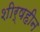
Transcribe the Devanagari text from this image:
शीर्षहीन